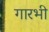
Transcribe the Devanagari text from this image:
गारभी